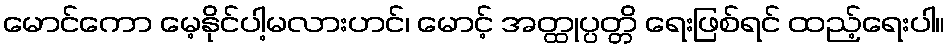
မောင်ကော မေ့နိုင်ပါ့မလားဟင်၊ မောင့် အတ္ထုပ္ပတ္တိ ရေးဖြစ်ရင် ထည့်ရေးပါ။